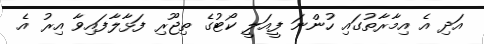
އަދި އެ އިމާރާތުގައި ހުންނަ ފީއަލީ ކޯޓުގެ ތިޖޫރި ފަޅާލާފައިވާ އިރު އެ